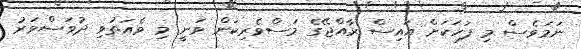
ނަމަވެސް މި ފަހަކަށް އައިސް ރާއްޖޭގެ މަސްވެރިކަން ވަނީ މި ވެއަތުވި ދުވަސްވަރު